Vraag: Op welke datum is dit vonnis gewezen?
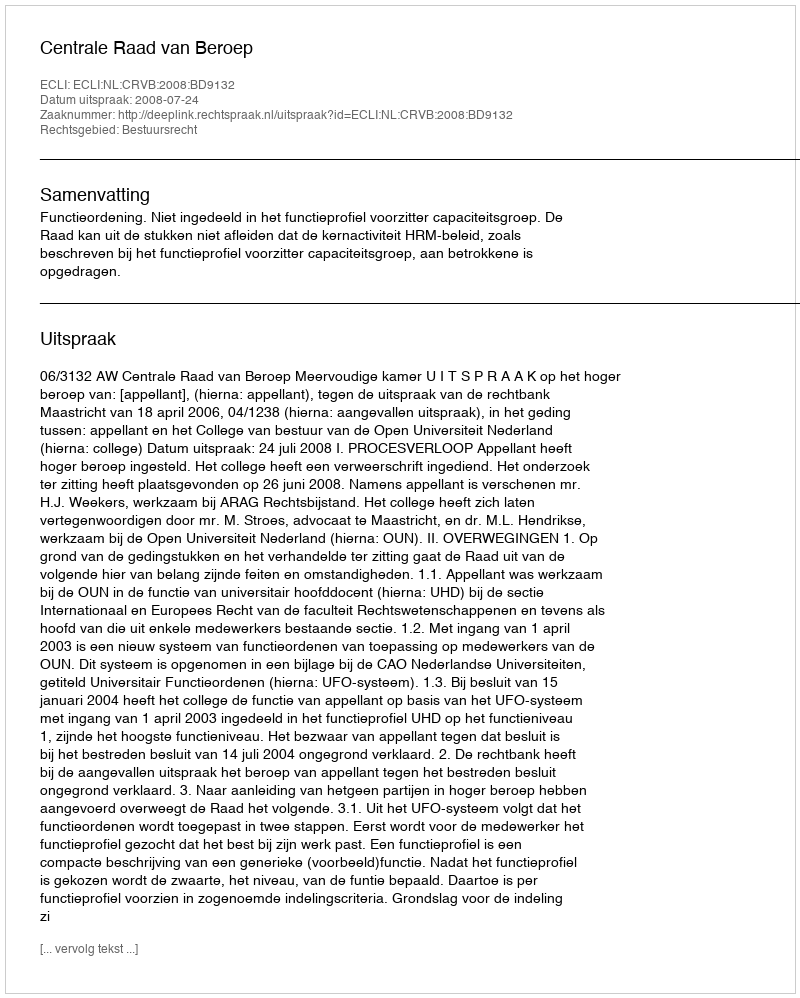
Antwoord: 2008-07-24